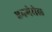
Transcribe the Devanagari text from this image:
एनगेधेल